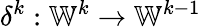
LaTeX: \delta^{k}:\mathbb{W}^{k}\to\mathbb{W}^{k-1}